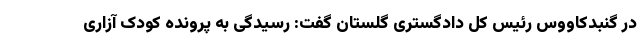
در گنبدکاووس رئیس کل دادگستری گلستان گفت: رسیدگی به پرونده کودک آزاری